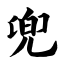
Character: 兜